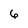
Character: 6